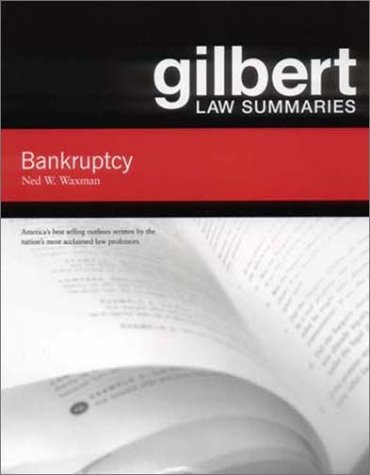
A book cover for Gilbert Law Summaries on Bankruptcy; Ned Waxman; Law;